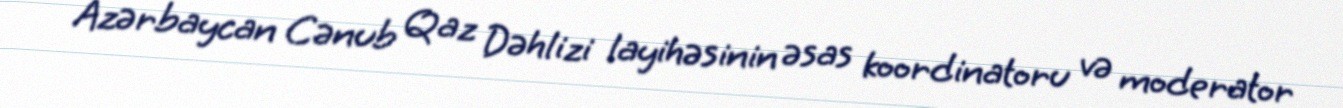
Azərbaycan Cənub Qaz Dəhlizi layihəsinin əsas koordinatoru və moderator